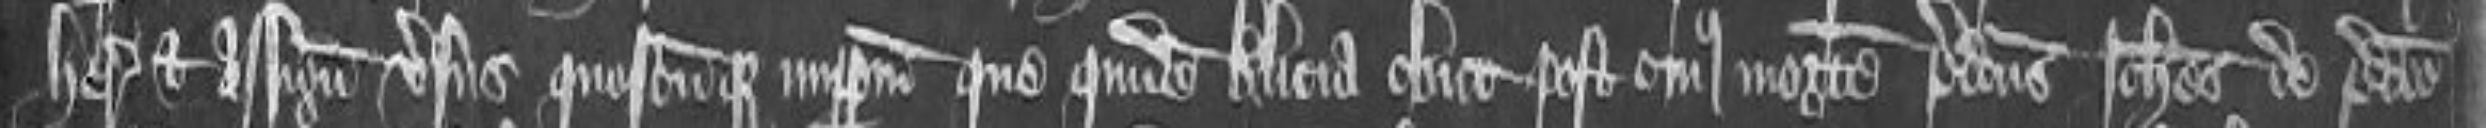
heredibus et assignatis versus quoscumque imperpetuum que quidem Alicia obiit post cuius mortem predictus Johannes de predicto